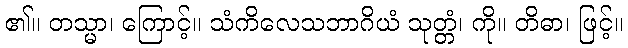
၏။ တသ္မာ၊ ကြောင့်။ သံကိလေသဘာဂိယံ သုတ္တံ၊ ကို။ တိဓာ၊ ဖြင့်။